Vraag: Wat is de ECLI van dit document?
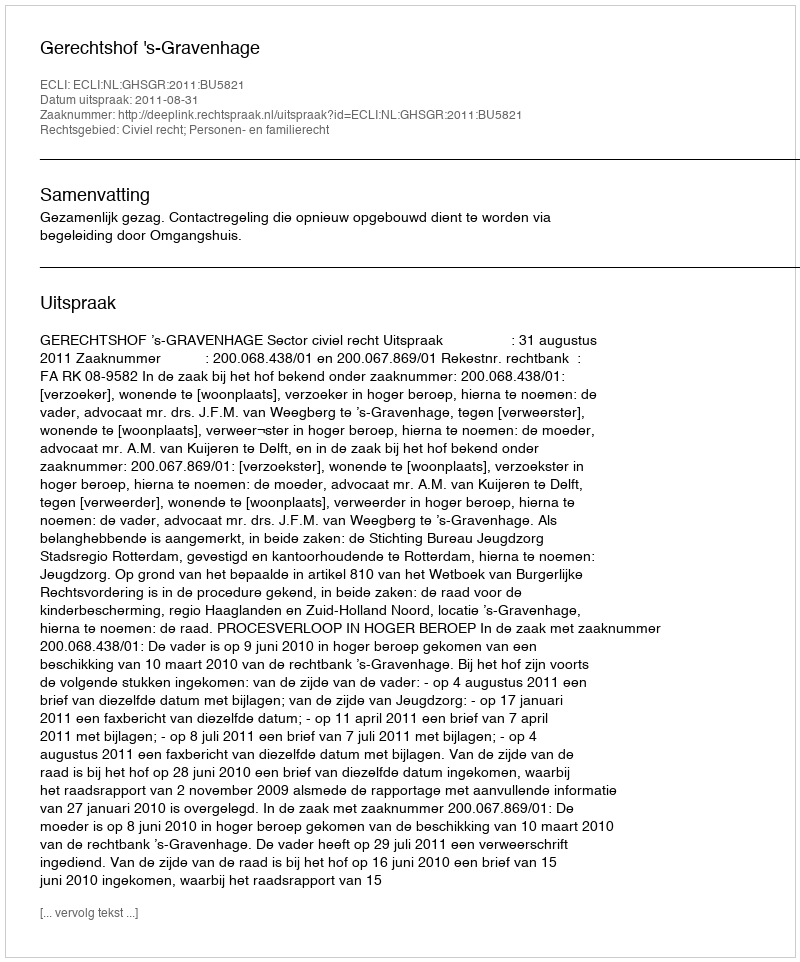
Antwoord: ECLI:NL:GHSGR:2011:BU5821